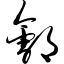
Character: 郐